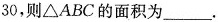
3 0，则\bigtriangleup ABC的面积为___。